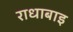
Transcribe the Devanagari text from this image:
राधाबाइ